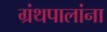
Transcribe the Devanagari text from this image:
ग्रंथपालांना